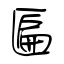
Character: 匾